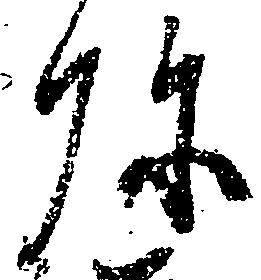
弥